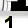
Digit: 1